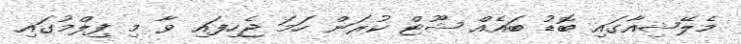
މެލޭޝިއާގައި ބޮޑު ބައެއް ޝޫޓް ކުރަން ހަމަ ޖެހިފައި ވާ މި ފިލްމުގައި